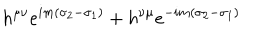
h ^ { \mu \nu } e ^ { i m ( \sigma _ { 2 } - \sigma _ { 1 } ) } + h ^ { \nu \mu } e ^ { - i m ( \sigma _ { 2 } - \sigma _ { 1 } ) }